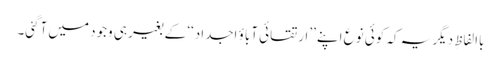
باالفاظِ دیگر یہ کہ کوئی نوع اپنے ’’ارتقائی آباؤ اجداد‘‘ کے بغیر ہی وجود میں آگئی۔